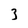
Character: 3